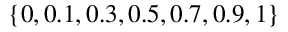
\{ 0 , 0 . 1 , 0 . 3 , 0 . 5 , 0 . 7 , 0 . 9 , 1 \}